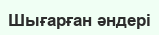
Шығарған әндері